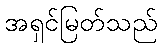
အရှင်မြတ်သည်